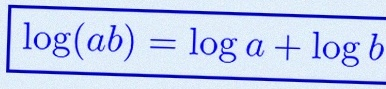
\log(ab)=\log a+\log b